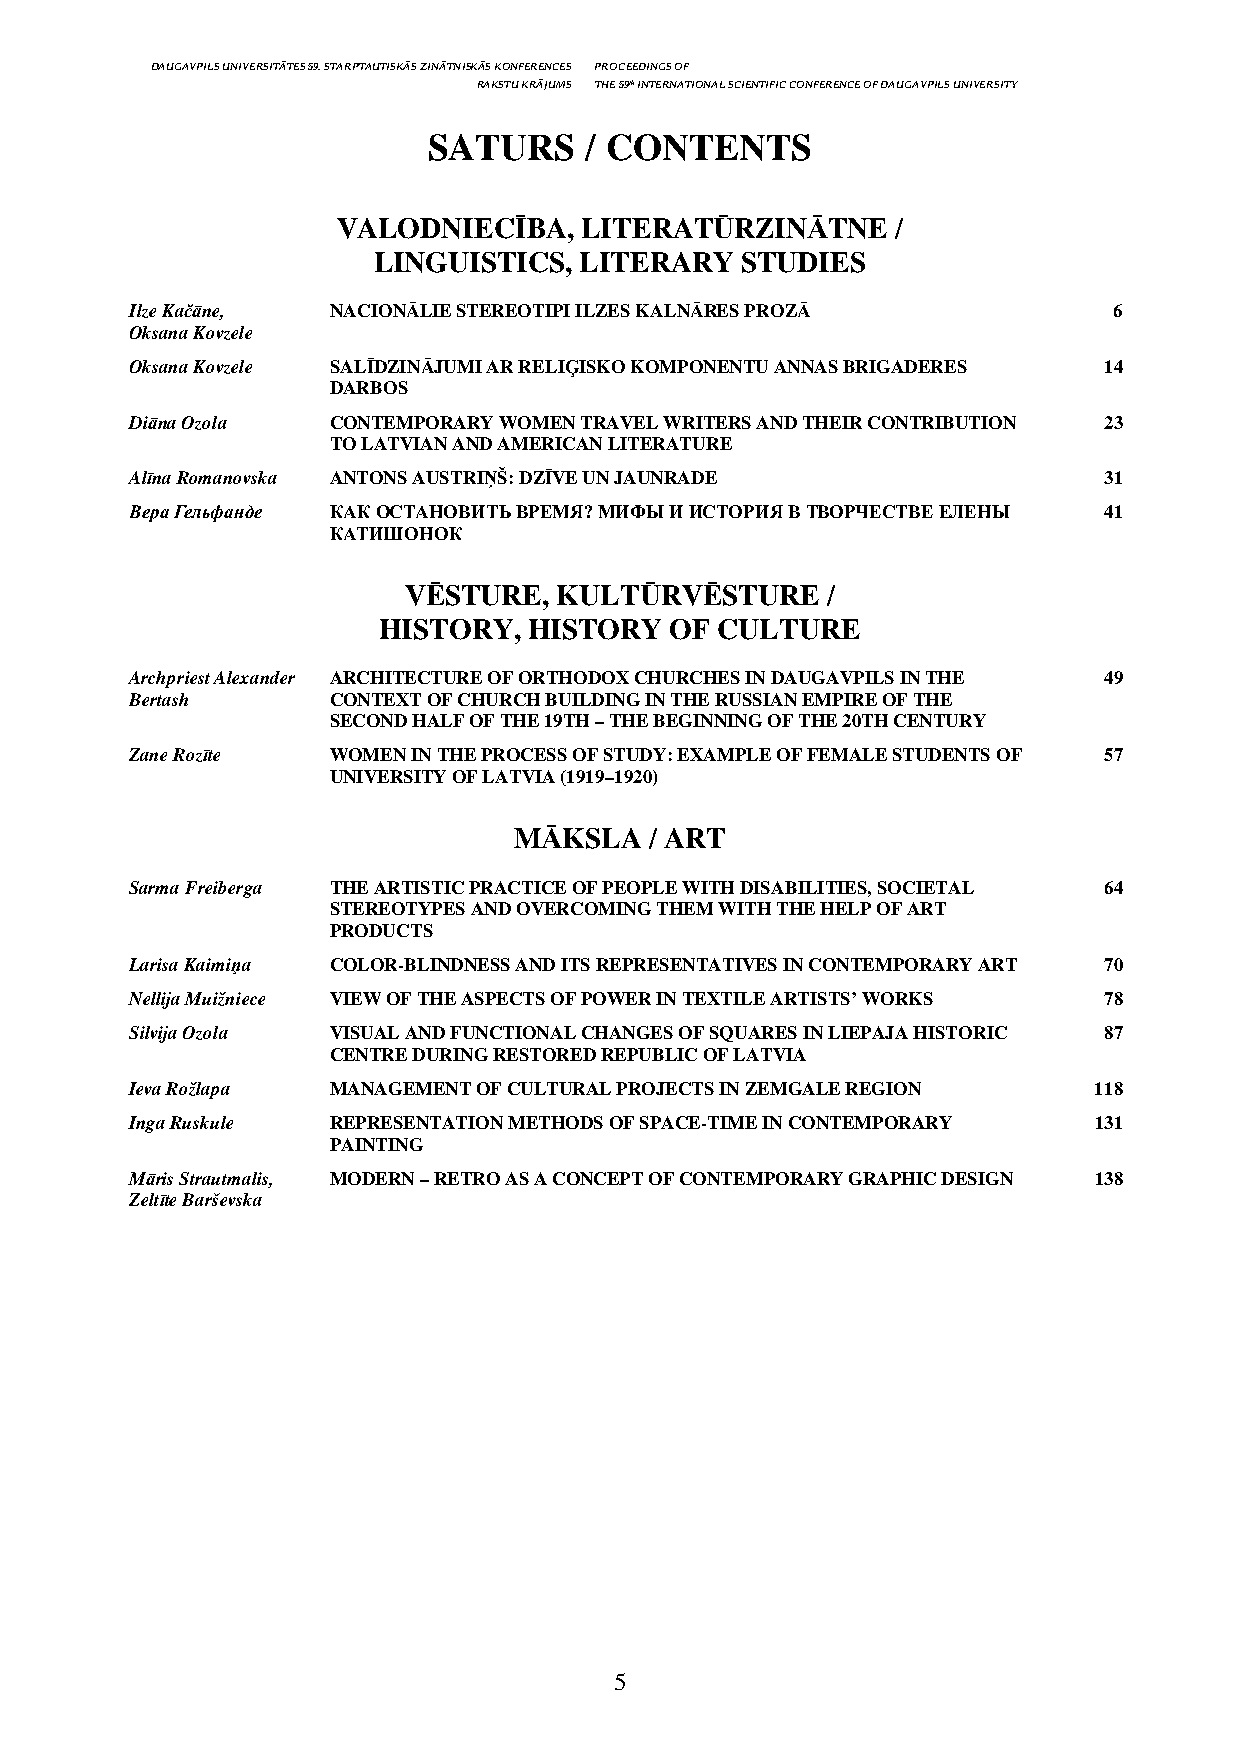
DAUGAVPILS UNIVERSITĀTES 59. STARPTAUTISKĀS ZINĀTNISKĀS KONFERENCES PROCEEDINGS OF
 RAKSTU KRĀJUMS THE 59th INTERNATIONAL SCIENTIFIC CONFERENCE OF DAUGAVPILS UNIVERSITY
 SATURS     / CONTENTS
 VALODNIECĪBA,   LITERATŪRZINĀTNE     /
 LINGUISTICS, LITERARY   STUDIES
 Ilze Kačāne, NACIONĀLIE STEREOTIPI ILZES KALNĀRES PROZĀ          6
 Oksana Kovzele
 Oksana Kovzele SALĪDZINĀJUMI AR RELIĢISKO KOMPONENTU ANNAS BRIGADERES 14
 DARBOS
 Diāna Ozola  CONTEMPORARY WOMEN TRAVEL WRITERS AND THEIR CONTRIBUTION 23
 TO LATVIAN AND AMERICAN LITERATURE
 Alīna Romanovska ANTONS AUSTRIŅŠ: DZĪVE UN JAUNRADE             31
 Вера Гельфанде КАК ОСТАНОВИТЬ ВРЕМЯ? МИФЫ И ИСТОРИЯ В ТВОРЧЕСТВЕ ЕЛЕНЫ 41
 КАТИШОНОК
 VĒSTURE,  KULTŪRVĒSTURE     /
 HISTORY,  HISTORY  OF  CULTURE
 Archpriest Alexander ARCHITECTURE OF ORTHODOX CHURCHES IN DAUGAVPILS IN THE 49
 Bertash      CONTEXT OF CHURCH BUILDING IN THE RUSSIAN EMPIRE OF THE
 SECOND HALF OF THE 19TH – THE BEGINNING OF THE 20TH CENTURY
 Zane Rozīte  WOMEN IN THE PROCESS OF STUDY: EXAMPLE OF FEMALE STUDENTS OF 57
 UNIVERSITY OF LATVIA (1919–1920)
 MĀKSLA   / ART
 Sarma Freiberga THE ARTISTIC PRACTICE OF PEOPLE WITH DISABILITIES, SOCIETAL 64
 STEREOTYPES AND OVERCOMING THEM WITH THE HELP OF ART
 PRODUCTS
 Larisa Kaimiņa COLOR-BLINDNESS AND ITS REPRESENTATIVES IN CONTEMPORARY ART 70
 Nellija Muižniece VIEW OF THE ASPECTS OF POWER IN TEXTILE ARTISTS’ WORKS 78
 Silvija Ozola VISUAL AND FUNCTIONAL CHANGES OF SQUARES IN LIEPAJA HISTORIC 87
 CENTRE DURING RESTORED REPUBLIC OF LATVIA
 Ieva Rožlapa MANAGEMENT OF CULTURAL PROJECTS IN ZEMGALE REGION 118
 Inga Ruskule REPRESENTATION METHODS OF SPACE-TIME IN CONTEMPORARY 131
 PAINTING
 Māris Strautmalis, MODERN – RETRO AS A CONCEPT OF CONTEMPORARY GRAPHIC DESIGN 138
 Zeltīte Barševska
 5